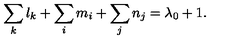
\sum _ { k } l _ { k } + \sum _ { i } m _ { i } + \sum _ { j } n _ { j } = \lambda _ { 0 } + 1 .